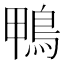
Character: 鴨